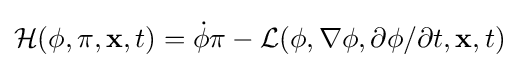
{\mathcal {H}}(\phi ,\pi ,\mathbf {x} ,t)={\dot {\phi }}\pi -{\mathcal {L}}(\phi ,\nabla \phi ,\partial \phi /\partial t,\mathbf {x} ,t)